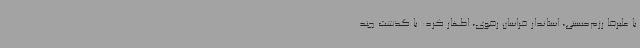
با علیرضا رزم‌حسینی، استاندار خراسان رضوی، اظهار کرد: با گذشت چند